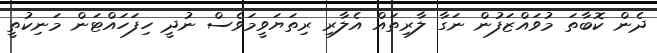
ދެން ކޮބާތަ މުވައްޒަފުން ނަގާ ލާރިތައް އެލާރި ރިތަޔަވީމަވެސް ނުދީ ހިފަހައްޓަން މަނިކުތީ